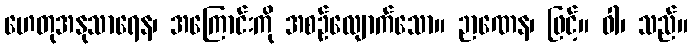
ဟေတုအနုသာရေန၊ အကြောင်းကို အစဉ်လျောက်သော။ ဉာဏေန၊ ဖြင့်။ ဝါ၊ သည်။